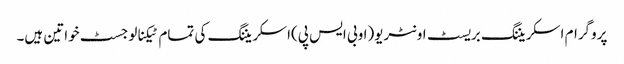
پروگرام اسکریننگ بریسٹ اونٹریو(اوبی ایس پی)اسکریننگ کی تمام ٹیکنالوجسٹ خواتین ہیں۔